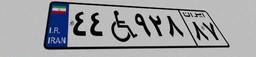
۷۹W۱۴۲۵۱